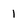
Character: 1